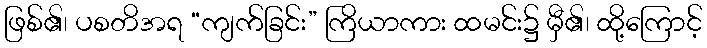
ဖြစ်၏၊ ပစတိအရ “ကျက်ခြင်း” ကြိယာကား ထမင်း၌ မှီ၏၊ ထို့ကြောင့်